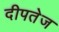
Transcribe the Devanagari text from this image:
दीपतेज